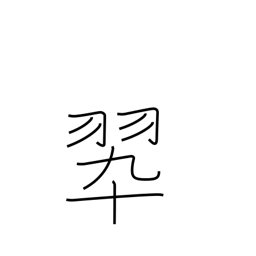
Meaning: color green